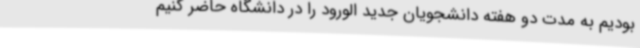
بودیم به مدت دو هفته دانشجویان جدید الورود را در دانشگاه حاضر کنیم